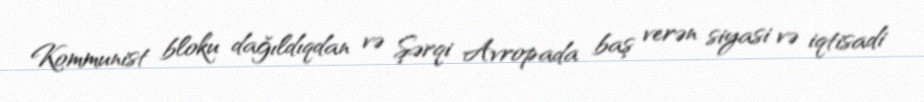
Kommunist bloku dağıldıqdan və Şərqi Avropada baş verən siyasi və iqtisadi